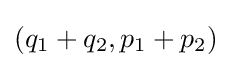
(q_{1}+q_{2},p_{1}+p_{2})